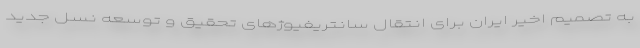
به تصمیم اخیر ایران برای انتقال سانتریفیوژهای تحقیق و توسعه نسل جدید